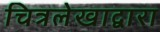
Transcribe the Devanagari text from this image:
चित्रलेखाद्वारा